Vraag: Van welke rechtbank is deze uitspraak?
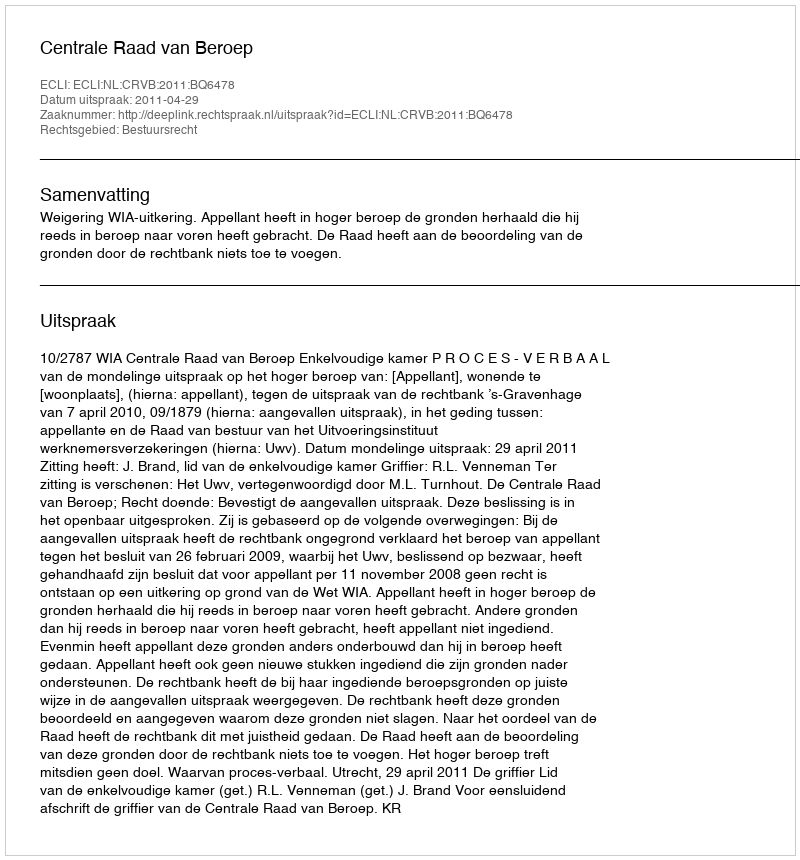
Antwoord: Centrale Raad van Beroep